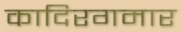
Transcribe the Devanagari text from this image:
कादिरगमार